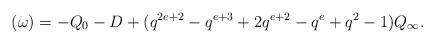
LaTeX: \begin{align*}(\omega)=-Q_0-D+(q^{2e+2}-q^{e+3}+2q^{e+2}-q^e+q^2-1)Q_\infty.\end{align*}